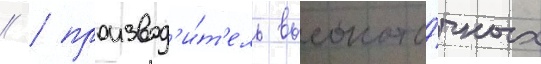
// / производ'и́т'ель высокото́чных